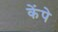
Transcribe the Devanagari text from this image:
केंपे